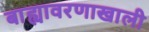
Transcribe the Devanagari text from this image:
बाह्यावरणाखाली